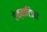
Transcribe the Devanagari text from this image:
ऐक्वाटिका